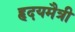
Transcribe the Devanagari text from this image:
हृदयमैत्री